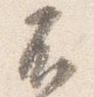
不